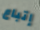
إتباع